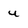
Character: u